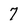
Character: 7